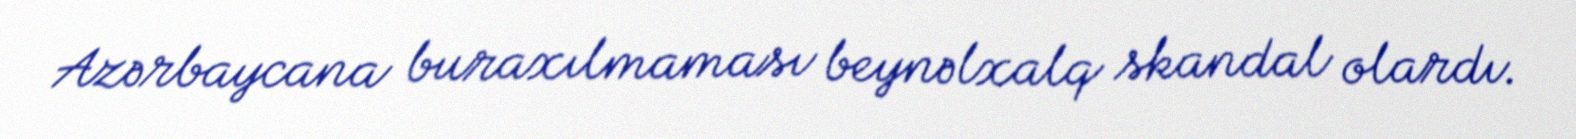
Azərbaycana buraxılmaması beynəlxalq skandal olardı.